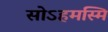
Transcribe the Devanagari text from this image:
सोऽहमस्मि